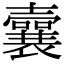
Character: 𡄜